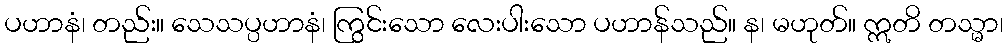
ပဟာနံ၊ တည်း။ သေသပ္ပဟာနံ၊ ကြွင်းသော လေးပါးသော ပဟာန်သည်။ န၊ မဟုတ်။ ဣတိ တသ္မာ၊